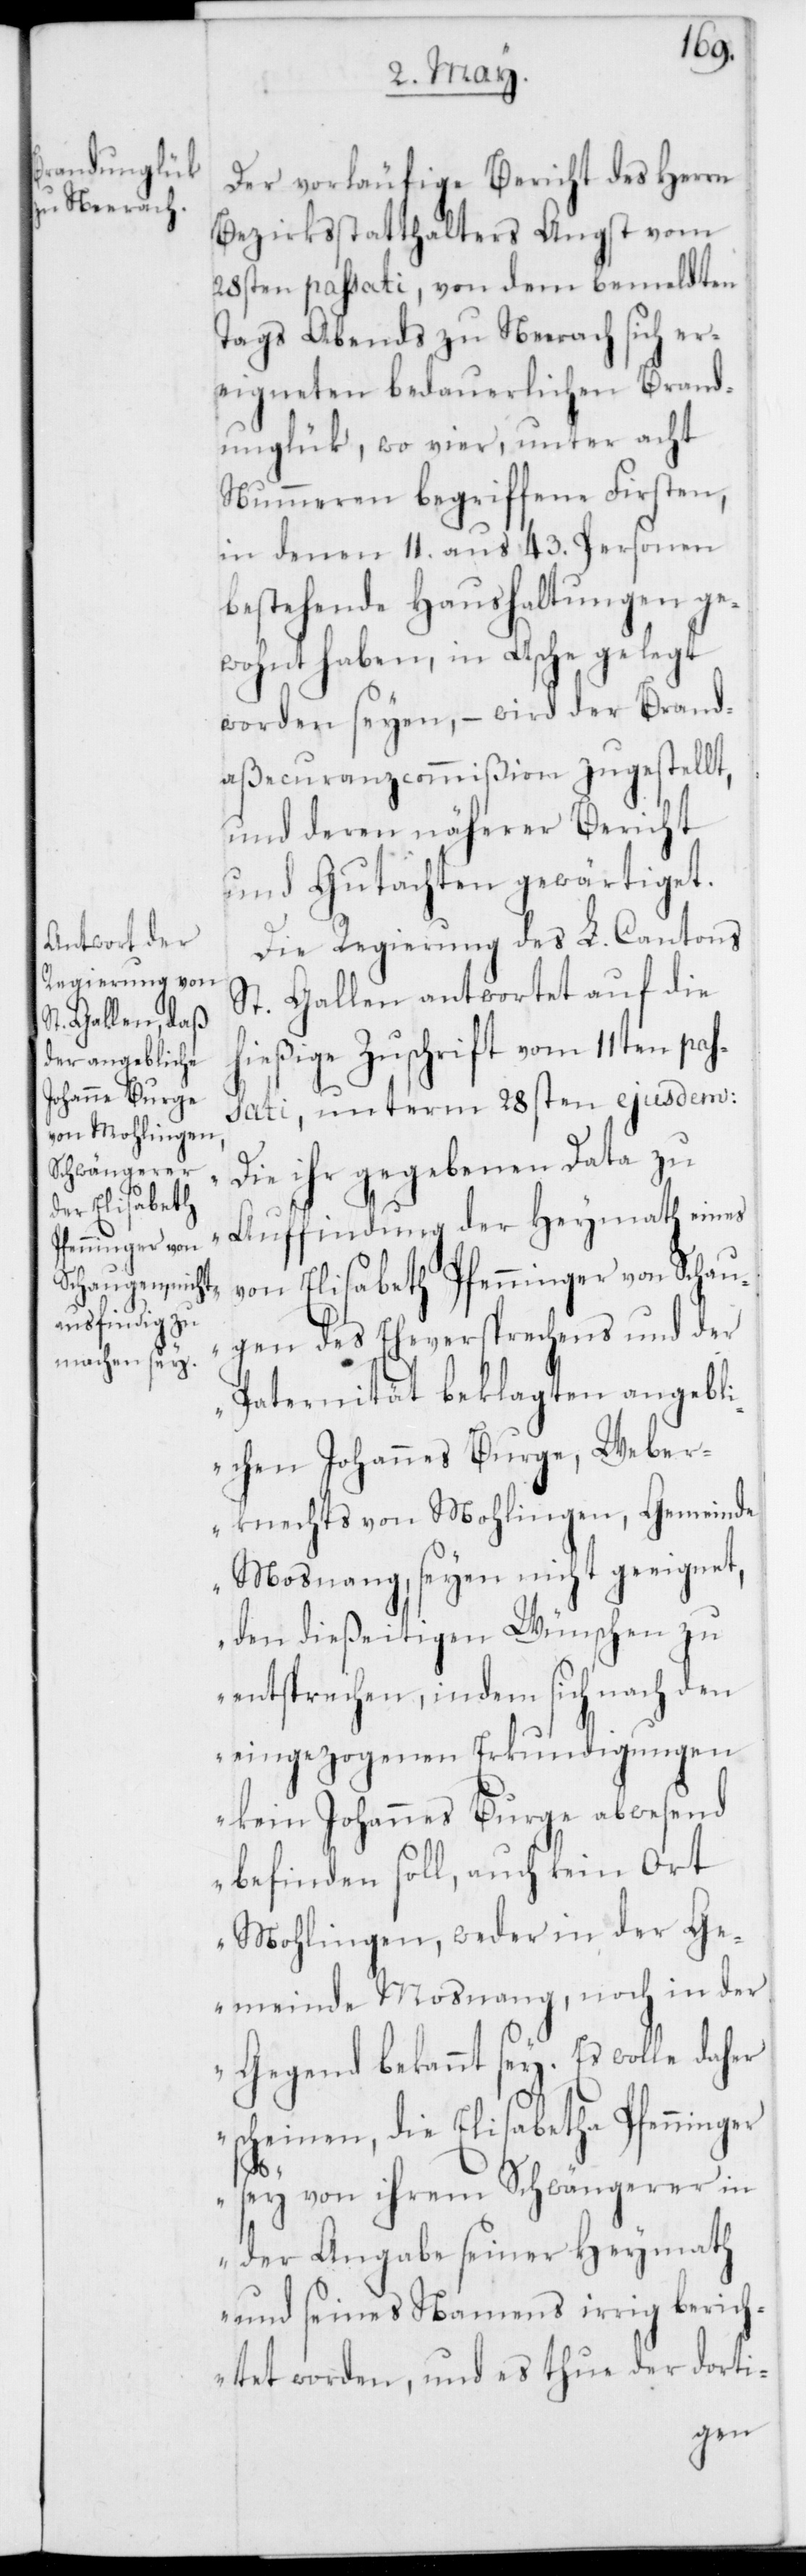
Der vorläufige Bericht des Herrn
Bezirksstatthalters Angst vom
28sten passati, von dem bemeldten
Tags Abends zu Neerach sich er¬
eigneten bedauerlichen Brand¬
unglück, wo vier, unter acht
Nummeren begriffene Firsten,
in denen 11. aus 43. Personen
bestehende Haushaltungen ge¬
wohnt haben, in Asche gelegt
worden seyen, – wird der Brand¬
aßecuranzcommißion zugestellt,
und deren näherer Bericht
und Gutachten gewärtiget.
Die Regierung des L. Cantons
St. Gallen antwortet auf die
hießige Zuschrift vom 11ten pas¬
sati, unterm 28sten ejusdem:
„Die ihr gegebenen Data zu
Auffindung der Heymath eines
von Elisabetha Pfenninger von Schau¬
gen des Eheversprechens und der
Paternität beklagten angebli¬
chen Johannes Burge, Weber¬
knechts von Mohlingen, Gemeinde
Mosnang, seyen nicht geeignet,
den dießeitigen Wünschen zu
entsprechen, indem sich nach den
eingezogenen Erkundigungen
kein Johannes Burge abwesend
befinden soll, auch kein Ort
Mohlingen, weder in der Ge¬
meinde Mosnang noch in der
Gegend bekannt sey. Es wolle daher
scheinen, die Elisabetha Pfenninger
sey von ihrem Schwängerer in
der Angabe seiner Heymath
und seines Namens irrig berich¬
tet worden, und es thue der dorti-